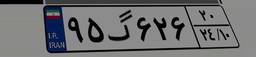
۹۵گ۶۲۶۲۰